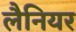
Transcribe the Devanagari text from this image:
लैनियर